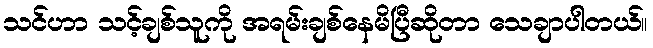
သင်ဟာ သင့်ချစ်သူကို အရမ်းချစ်နေမိပြီဆိုတာ သေချာပါတယ်။